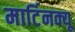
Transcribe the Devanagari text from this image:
मार्टिनक्यू